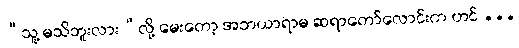
“သူ့ မသိဘူးလား”လို့ မေးတော့ အဘယာရာမ ဆရာတော်လောင်းက ဟင် ...